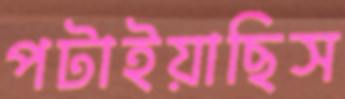
পটাইয়াছিস